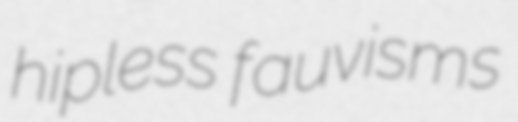
hipless fauvisms